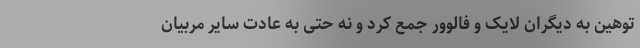
توهین به دیگران لایک و فالوور جمع کرد و نه حتی به عادت سایر مربیان